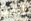
أتقيأ